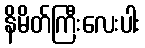
နိမိတ်ကြီးလေးပါး